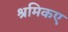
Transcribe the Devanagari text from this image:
श्रमिकए